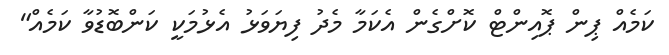
ކަމެއް ޕިން ޕޮއިންޓް ކޮށްގެން އެކަމާ މެދު ފިޔަވަޅު އެޅުމަކީ ކަންބޮޑުވާ ކަމެއް"